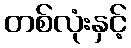
တစ်လုံးနှင့်